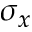
\sigma _ { x }